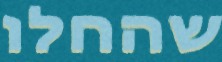
שהחלו